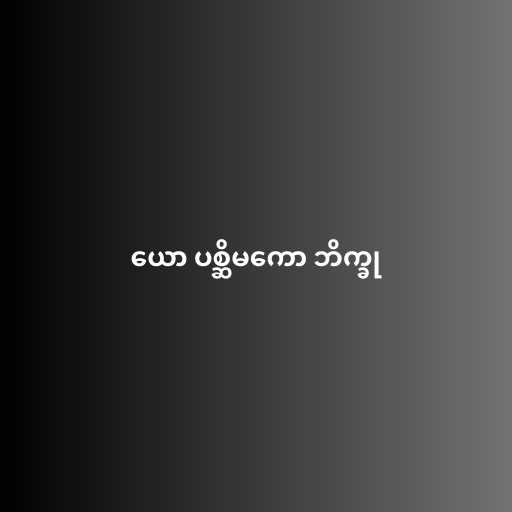
ယော ပစ္ဆိမကော ဘိက္ခု